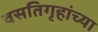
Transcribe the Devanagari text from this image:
वसतिगृहांच्या